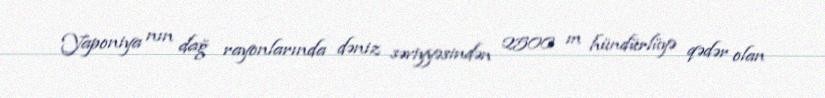
Yaponiya nın dağ rayonlarında dəniz səviyyəsindən 2500 m hündürlüyə qədər olan